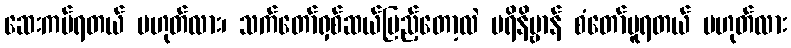
ဆေးကပ်ရတယ် မဟုတ်လား၊ သက်တော်ရှစ်ဆယ်ပြည့်တော့လဲ ပရိနိဗ္ဗာန် စံတော်မူရတယ် မဟုတ်လား